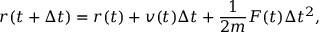
r ( t + \Delta t ) = r ( t ) + v ( t ) \Delta t + \frac { 1 } { 2 m } F ( t ) \Delta t ^ { 2 } ,